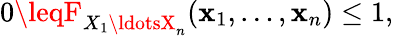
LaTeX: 0\leqF_{X_{1}\ldotsX_{n}}(\mathbf{x}_{1},\ldots,\mathbf{x}_{n})\leq1,